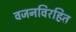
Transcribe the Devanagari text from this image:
वजनविरहित